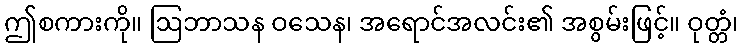
ဤစကားကို။ ဩဘာသန ဝသေန၊ အရောင်အလင်း၏ အစွမ်းဖြင့်။ ဝုတ္တံ၊